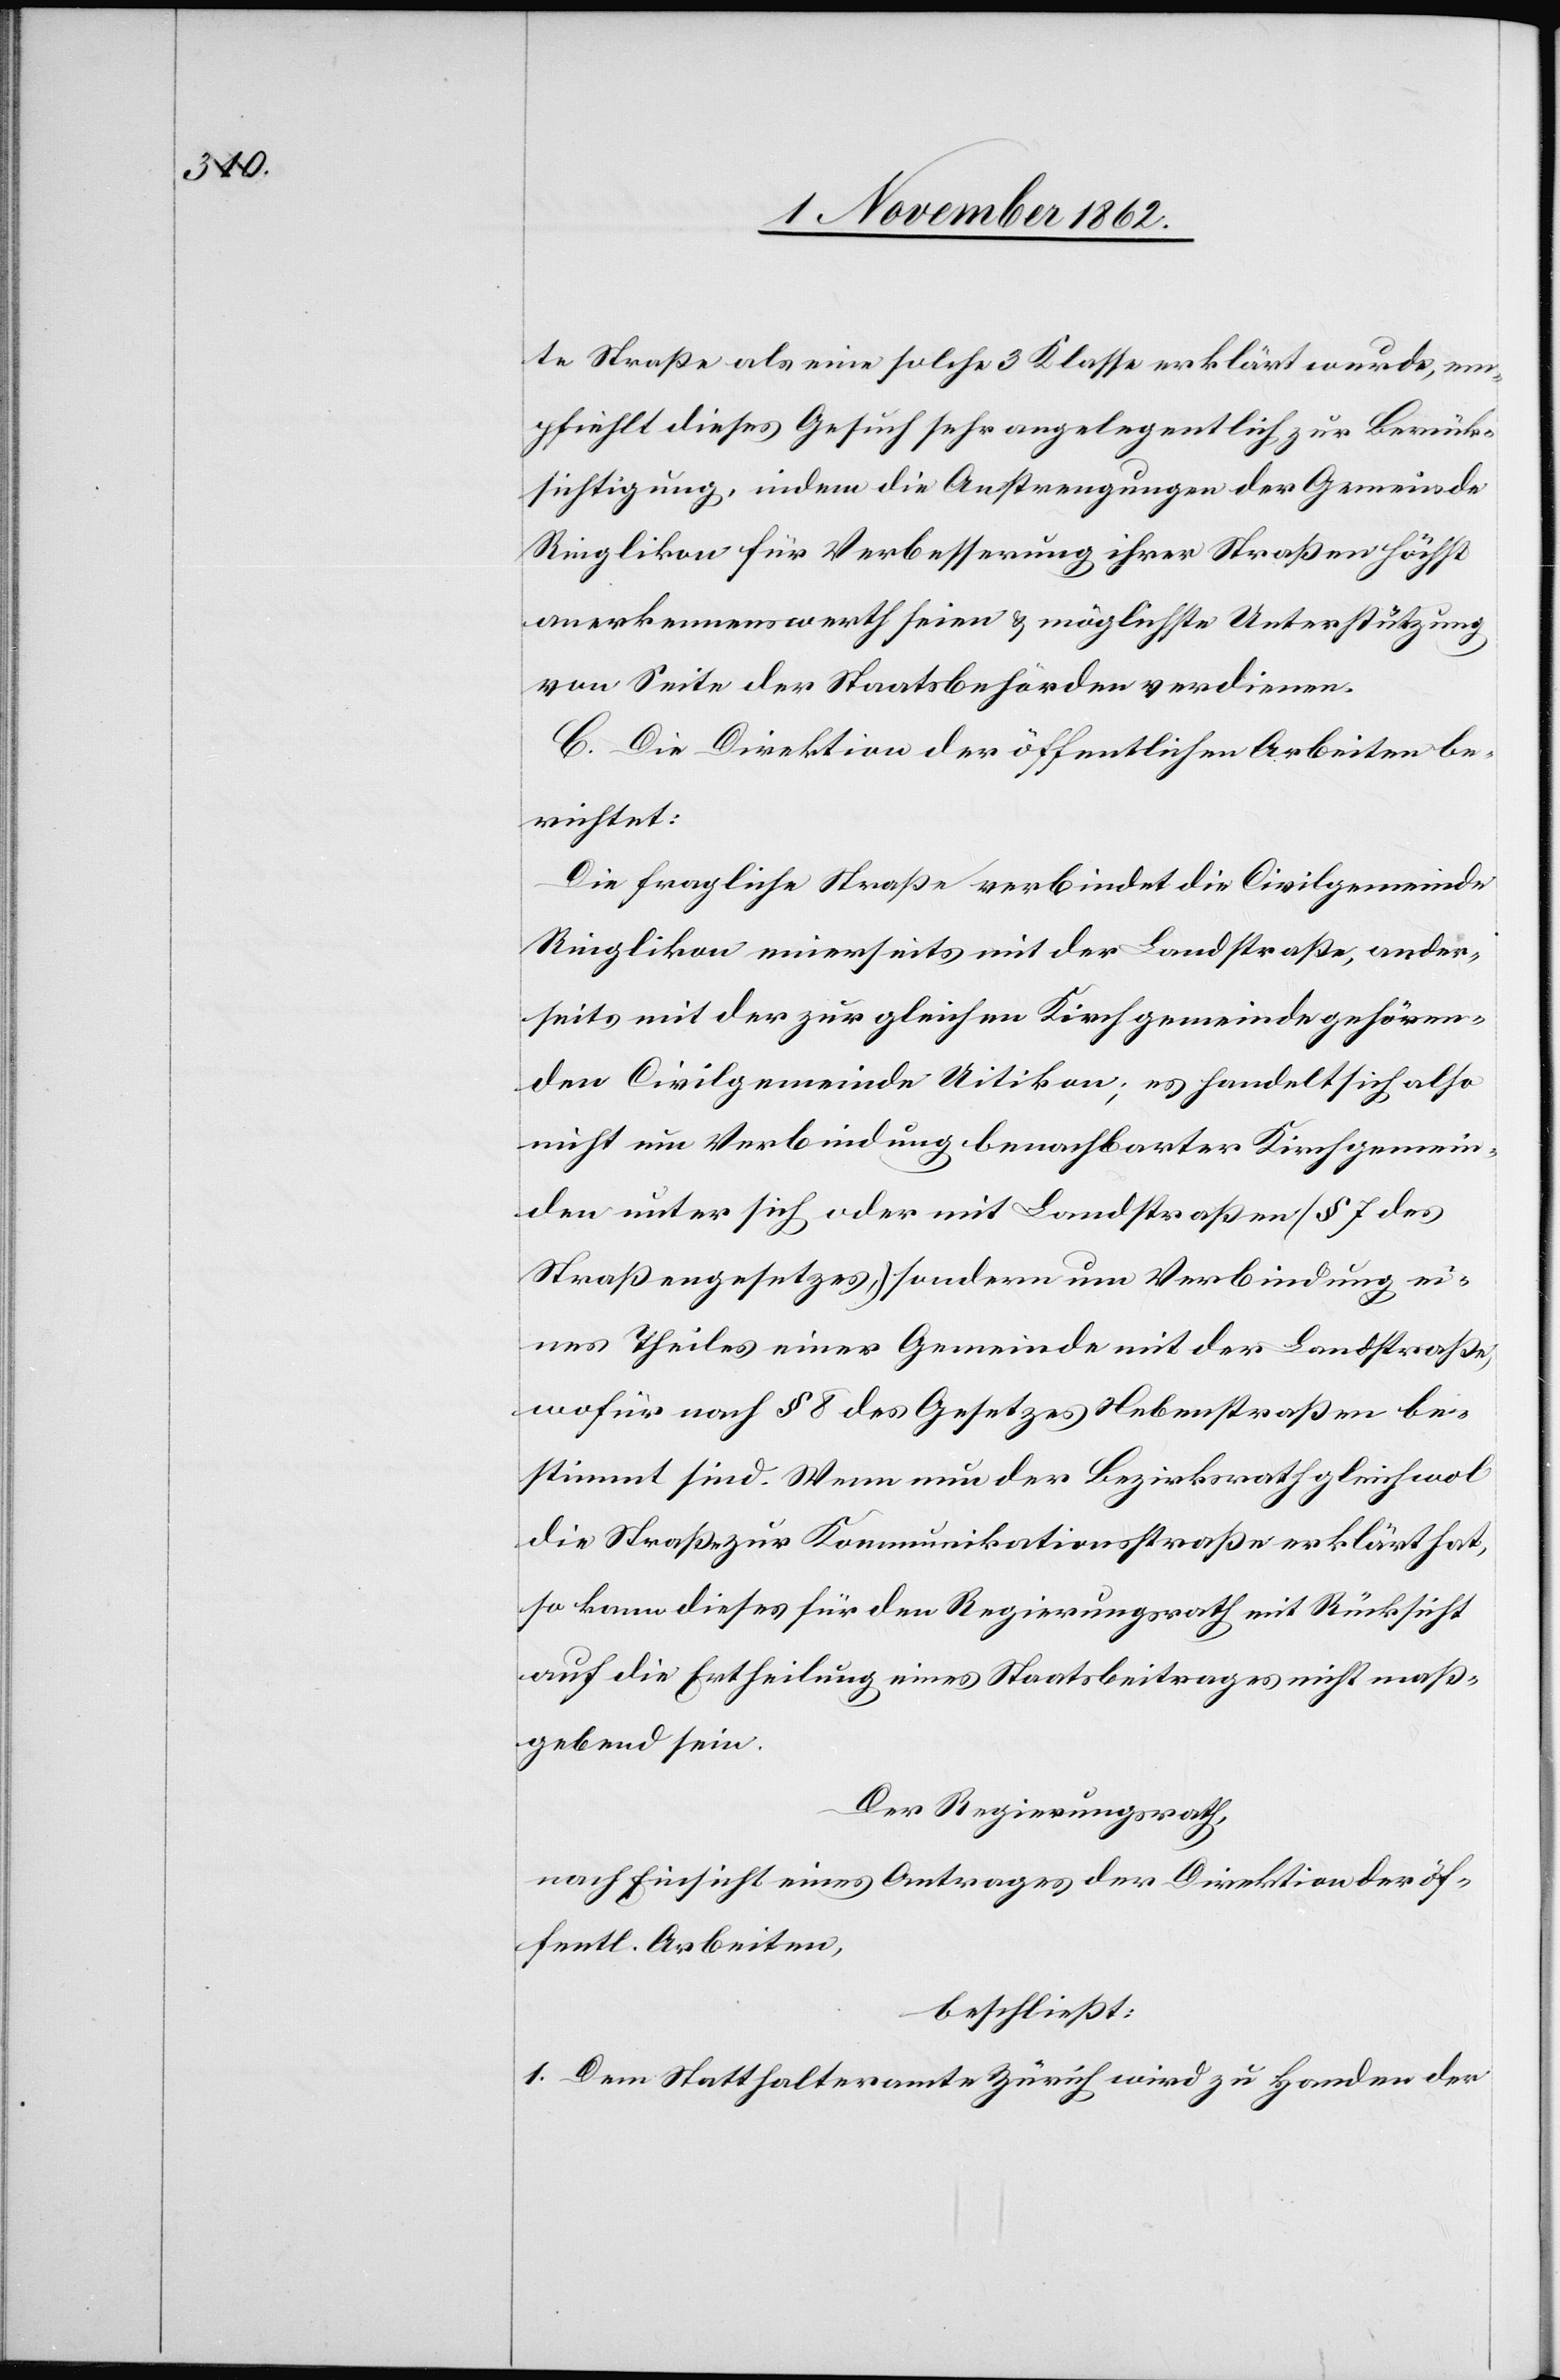
te Straße als eine solche 3 Klasse erklärt wurde, em¬
pfiehlt dieses Gesuch des angelegentlich zur Berück¬
sichtigung, indem die Anstrengungen der Gemeinde
Ringlikon für Verbesserung ihrer Straßen höchst
anerkennenswerth seien u. möglichste Unterstützung
von Seite der Staatsbehörden verdienen.
C. Die Direktion der öffentlichen Arbeiten be¬
richtet:
Die fragliche Straße verbindet die Civilgemeinde
Ringlikon einerseits mit der Landstraße, ander¬
seits mit der zur gleichen Kirchgemeinde gehören¬
den Civilgemeinde Uitikon; es handelt sich also
nicht um Verbindung benachbarter Kirchgemein¬
den unter sich oder mit Landstraßen (§ 7 des
Straßengesetzes), sondern um Verbindung ei¬
nes Theiles einer Gemeinde mit der Landstraße,
wofür nach § 8 des Gesetzes Nebenstraßen be¬
stimmt sind. Wenn nun der Bezirksrath gleichwol
die Straße zur Kommunikationsstraße erklärt hat,
so kann dieses für den Regierungsrath mit Rücksicht
auf die Ertheilung eines Staatsbeitrages nicht maß¬
gebend sein.
Der Regierungsrath,
nach Einsicht eines Antrages der Direktion der öf¬
fentl. Arbeiten,
beschließt:
1. Dem Statthalteramte Zürich wird zu Handen der